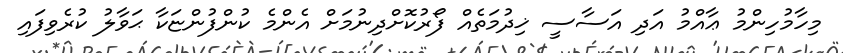
މިހާމުހިންމު ޢާއްމު އަދި އަސާސީ ޚިދުމަތެއް ފޯރުކޮށްދިނުމަށް އެންމެ ކުންފުންޏަކާ ޙަވާލު ކުރެވިފައި